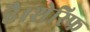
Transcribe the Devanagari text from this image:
है।शेरिफ